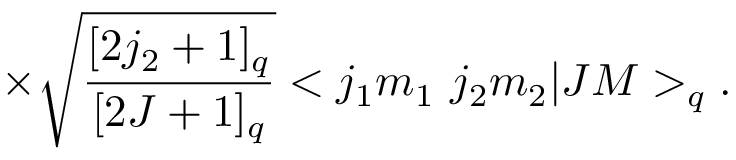
\times \sqrt { \frac { [ 2 j _ { 2 } + 1 ] _ { q } } { [ 2 J + 1 ] _ { q } } } < j _ { 1 } m _ { 1 } \ j _ { 2 } m _ { 2 } | J M > _ { q } .